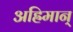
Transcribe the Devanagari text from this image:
अह्रिमान्